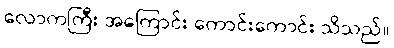
လောကကြီး အကြောင်း ကောင်းကောင်း သိသည်။